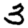
Digit: 3